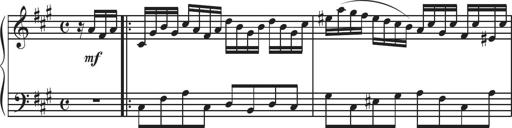
Title: Sonatina Espania
Composer: Jerald Franklin Archer
Key: Various